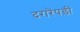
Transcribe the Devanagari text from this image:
दरारेंपड़ीं